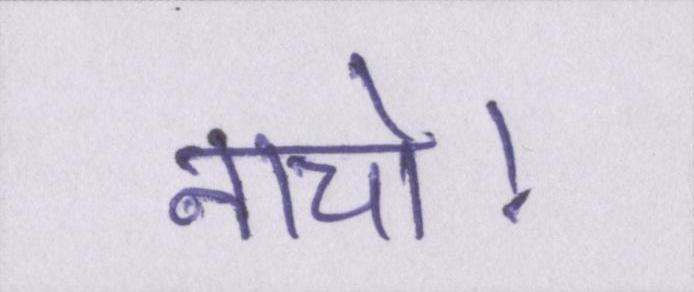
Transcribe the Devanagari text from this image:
नाचो।